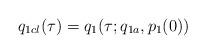
LaTeX: \begin{align*}q_{1cl}(\tau) = q_{1}(\tau; q_{1a}, p_{1}(0))\end{align*}